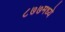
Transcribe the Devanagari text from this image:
८७७मध्ये